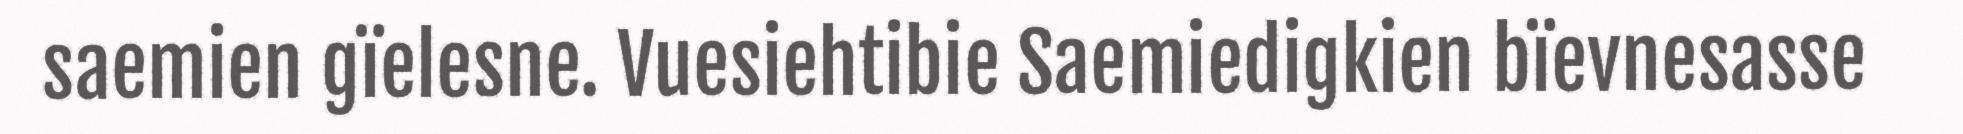
saemien gïelesne. Vuesiehtibie Saemiedigkien bïevnesasse